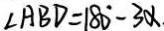
\angle A B D = 1 8 0 ^ { \circ } - 3 \alpha .